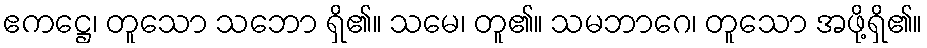
ဧကဋ္ဌေ၊ တူသော သဘော ရှိ၏။ သမေ၊ တူ၏။ သမဘာဂေ၊ တူသော အဖို့ရှိ၏။